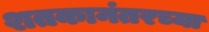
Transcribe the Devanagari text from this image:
शतकानंतरच्या